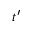
t ^ { \prime }